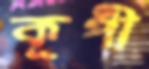
কূপী